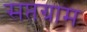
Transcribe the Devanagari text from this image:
सप्तग्राम